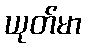
ယုတ်မာ